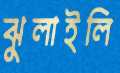
ঝুলাইলি